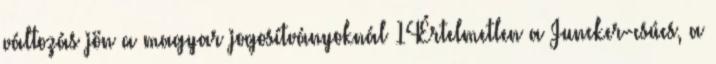
változás jön a magyar jogosítványoknál 14Értelmetlen a Juncker-csúcs, a